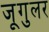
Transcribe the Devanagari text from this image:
जूगुलर